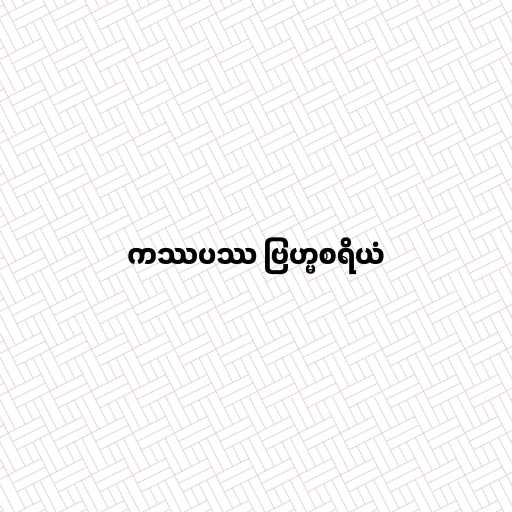
ကဿပဿ ဗြဟ္မစရိယံ